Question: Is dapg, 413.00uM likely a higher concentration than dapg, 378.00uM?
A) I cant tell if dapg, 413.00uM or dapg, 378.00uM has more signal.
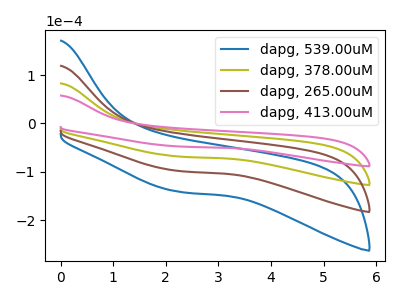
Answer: <think>The blue curve "dapg, 539.00uM" has no peaks. The olive curve "dapg, 378.00uM" has no peaks. The brown curve "dapg, 265.00uM" has no peaks. The pink curve "dapg, 413.00uM" has no peaks.
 Neither "dapg, 413.00uM" or "dapg, 378.00uM" have any peaks.</think>
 <answer>A) I cant tell if "dapg, 413.00uM" or "dapg, 378.00uM" has more signal.</answer>
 <eval>A</eval>